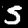
Digit: 5